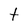
Character: t